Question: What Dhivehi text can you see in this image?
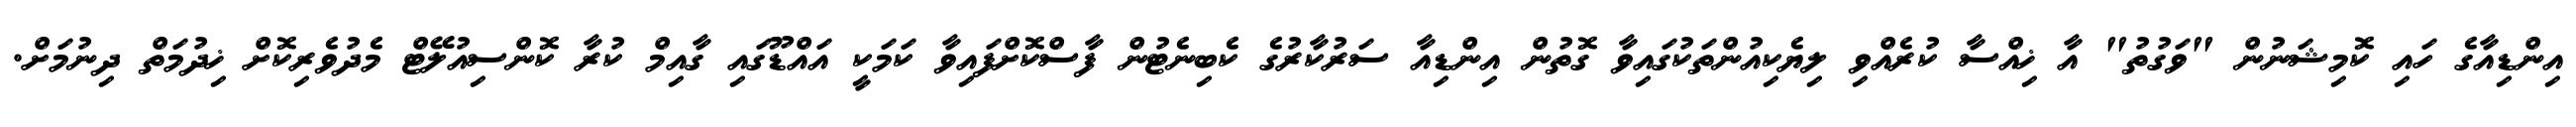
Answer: އިންޑިއާގެ ހައި ކޮމިޝަނުން "ވަގުތު" އާ ޚިއްސާ ކުރެއްވި ލިޔެކިއުންތަކުގައިވާ ގޮތުން އިންޑިއާ ސަރުކާރުގެ ކެބިނެޓުން ފާސްކޮށްފައިވާ ކަމަކީ އައްޑޫގައި ގާއިމް ކުރާ ކޮންސިއުލޭޓް މެދުވެރިކޮށް ޚިދުމަތް ދިނުމަށް.